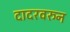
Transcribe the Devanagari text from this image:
दादरवरुन